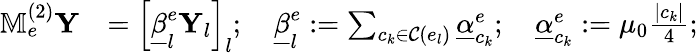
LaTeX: \begin{array}{rl}{\mathbb{M}_{e}^{(2)}\mathbf{Y}}&{={\Big[}\underline{{\beta}}_{l}^{e}\mathbf{Y}_{l}{\Big]}_{l};\quad\underline{{\beta}}_{l}^{e}:=\sum_{c_{k}\in\mathcal{C}(e_{l})}\underline{{\alpha}}_{c_{k}}^{e};\quad\underline{{\alpha}}_{c_{k}}^{e}:=\mu_{0}\frac{|c_{k}|}{4};}\end{array}